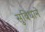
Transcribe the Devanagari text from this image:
सुविधाने